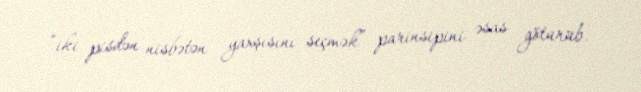
“iki pisdən nisbətən yaxşısını seçmək” parinsipini əsas götürüb.